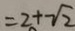
= 2 + \sqrt { 2 }